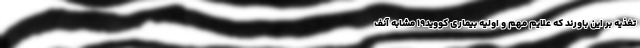
تغذیه بر این باورند که علایم مهم و اولیه بیماری کووید۱۹ مشابه آنف